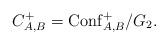
LaTeX: \begin{align*}C_{A,B}^+=\mathrm{Conf}_{A,B}^+/G_2.\end{align*}